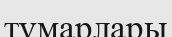
тұмарлары